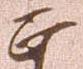
正